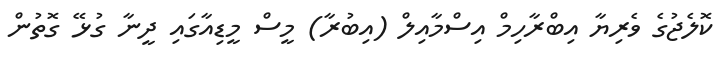
ކޮލެޖުގެ ވެރިޔާ އިބްރާހިމް އިސްމާއިލް (އިބުރާ) މީސް މީޑިއާގައި ދީނާ ގުޅޭ ގޮތުން